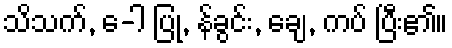
သိသက်, ေ-ါ ပြု, န်ခွင်း, ချေ, ကပ် ပြီး၏။